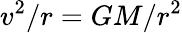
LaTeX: v^{2}/r=GM/r^{2}